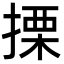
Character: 搮